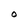
Character: O